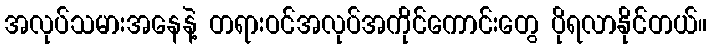
အလုပ်သမားအနေနဲ့ တရားဝင်အလုပ်အကိုင်ကောင်းတွေ ပိုရလာနိုင်တယ်။